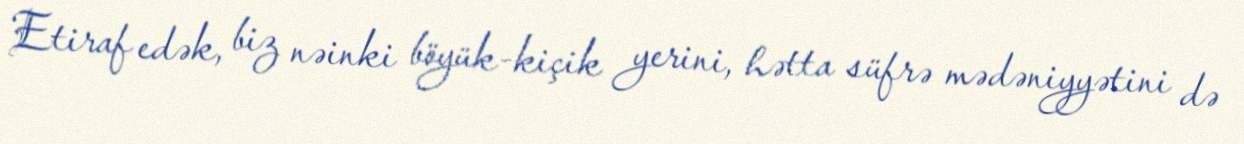
Etiraf edək, biz nəinki böyük-kiçik yerini, hətta süfrə mədəniyyətini də